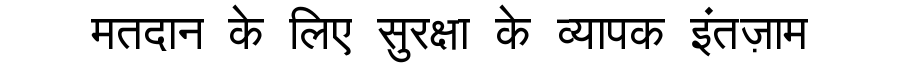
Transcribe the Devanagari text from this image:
मतदान के लिए सुरक्षा के व्यापक इंतज़ाम